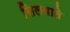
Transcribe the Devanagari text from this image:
सिलवाते